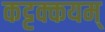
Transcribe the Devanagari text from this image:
कट्टक्कयम्